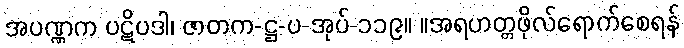
အပဏ္ဏက ပဋိပဒါ၊ ဇာတက-ဋ္ဌ-ပ-အုပ်-၁၁၉။ ။အရဟတ္တဖိုလ်ရောက်စေရန်